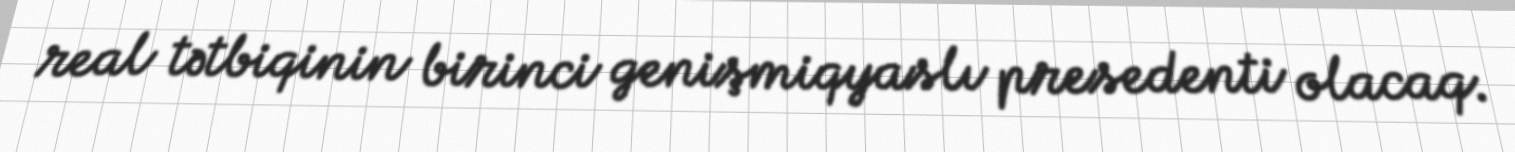
real tətbiqinin birinci genişmiqyaslı presedenti olacaq.